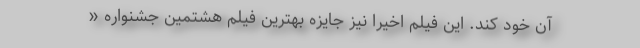
آن خود کند. این فیلم اخیرا نیز جایزه بهترین فیلم هشتمین جشنواره «